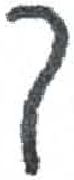
אות: ך